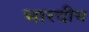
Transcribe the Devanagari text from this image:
भारदीय